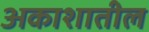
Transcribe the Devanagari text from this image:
अकाशातील